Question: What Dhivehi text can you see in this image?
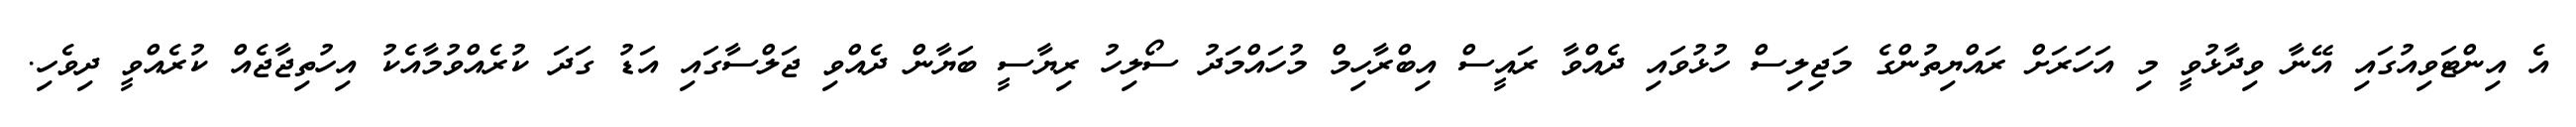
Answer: އެ އިންޓަވިއުގައި އޭނާ ވިދާޅުވީ މި އަހަރަށް ރައްޔިތުންގެ މަޖިލިސް ހުޅުވައި ދެއްވާ ރައީސް އިބްރާހިމް މުހައްމަދު ސޯލިހު ރިޔާސީ ބަޔާން ދެއްވި ޖަލްސާގައި އަޑު ގަދަ ކުރެއްވުމާއެކު އިހުތިޖާޖެއް ކުރެއްވީ ދިވެހި.